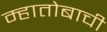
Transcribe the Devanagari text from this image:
म्हातोबाची